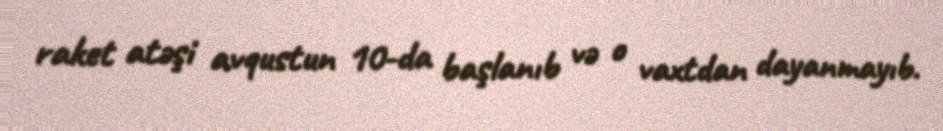
raket atəşi avqustun 10-da başlanıb və o vaxtdan dayanmayıb.